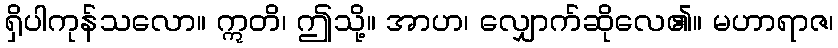
ရှိပါကုန်သလော။ ဣတိ၊ ဤသို့။ အာဟ၊ လျှောက်ဆိုလေ၏။ မဟာရာဇ၊